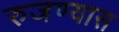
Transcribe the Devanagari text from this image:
रुजण्यास